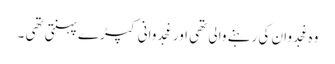
وہ غجدوان کی رہنے والی تھی اور غجدوانی کپڑے پہنتی تھی ۔